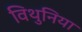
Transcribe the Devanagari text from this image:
विथुनिया